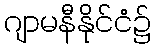
ဂျာမနီနိုင်ငံ၌